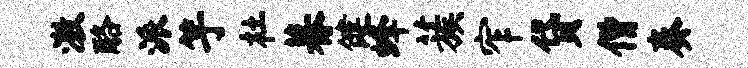
激酪派竽杜暮健蜂蔟窄贷僧奏